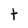
Character: t